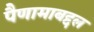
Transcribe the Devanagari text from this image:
पैणामाबद्दल